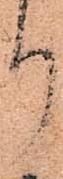
り